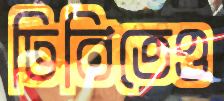
ঢিবিতেও